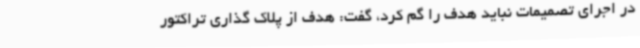
در اجرای تصمیمات نباید هدف را گم کرد، گفت: هدف از پلاک گذاری تراکتور